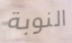
النوبة